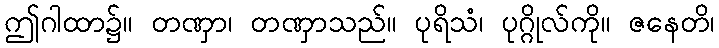
ဤဂါထာ၌။ တဏှာ၊ တဏှာသည်။ ပုရိသံ၊ ပုဂ္ဂိုလ်ကို။ ဇနေတိ၊